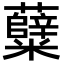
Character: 糵